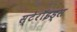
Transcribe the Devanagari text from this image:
स्टेरॉइड्स